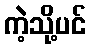
ကဲ့သို့ပင်